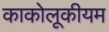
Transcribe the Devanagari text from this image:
काकोलूकीयम